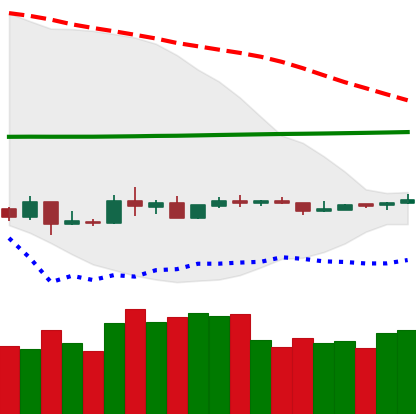
Ticker: ETC-USD
Chart end date: 2020-04-02
Forward return: 7.032%
Label: up_7plus